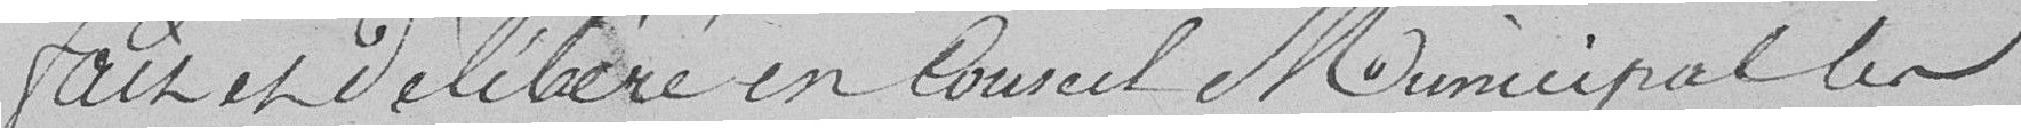
Fait et délibéré en Conseil Municipal les